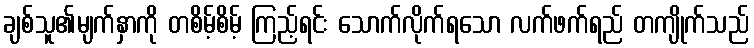
ချစ်သူ၏မျက်နှာကို တစိမ့်စိမ့် ကြည့်ရင်း သောက်လိုက်ရသော လက်ဖက်ရည် တကျိုက်သည်